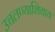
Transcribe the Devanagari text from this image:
उचलण्याशिवाय